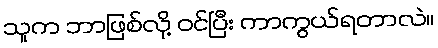
သူက ဘာဖြစ်လို့ ဝင်ပြီး ကာကွယ်ရတာလဲ။